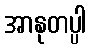
အာနုတပ္ပါ